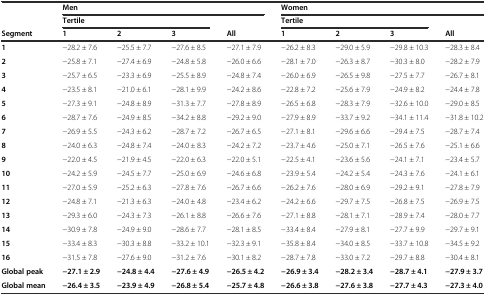
<table><thead><tr><td rowspan="2"></td><td colspan="4"><b>Men</b></td><td colspan="4"><b>Women</b></td></tr><tr><td colspan="3"><b>Tertile</b></td><td></td><td colspan="3"><b>Tertile</b></td><td></td></tr><tr><td><b>Segment</b></td><td><b>1</b></td><td><b>2</b></td><td><b>3</b></td><td><b>All</b></td><td><b>1</b></td><td><b>2</b></td><td><b>3</b></td><td><b>All</b></td></tr></thead><tbody><tr><td><b>1</b></td><td>−28.2 ± 7.6</td><td>−25.5 ± 7.7</td><td>−27.6 ± 8.5</td><td>−27.1 ± 7.9</td><td>−26.2 ± 8.3</td><td>−29.0 ± 5.9</td><td>−29.8 ± 10.3</td><td>−28.3 ± 8.4</td></tr><tr><td><b>2</b></td><td>−25.8 ± 7.1</td><td>−27.4 ± 6.9</td><td>−24.8 ± 5.8</td><td>−26.0 ± 6.6</td><td>−28.1 ± 7.0</td><td>−26.3 ± 8.7</td><td>−30.3 ± 8.0</td><td>−28.2 ± 7.9</td></tr><tr><td><b>3</b></td><td>−25.7 ± 6.5</td><td>−23.3 ± 6.9</td><td>−25.5 ± 8.9</td><td>−24.8 ± 7.4</td><td>−26.0 ± 6.9</td><td>−26.5 ± 9.8</td><td>−27.5 ± 7.7</td><td>−26.7 ± 8.1</td></tr><tr><td><b>4</b></td><td>−23.5 ± 8.1</td><td>−21.0 ± 6.1</td><td>−28.1 ± 9.9</td><td>−24.2 ± 8.6</td><td>−22.8 ± 7.2</td><td>−25.6 ± 7.9</td><td>−24.9 ± 8.2</td><td>−24.4 ± 7.8</td></tr><tr><td><b>5</b></td><td>−27.3 ± 9.1</td><td>−24.8 ± 8.9</td><td>−31.3 ± 7.7</td><td>−27.8 ± 8.9</td><td>−26.5 ± 6.8</td><td>−28.3 ± 7.9</td><td>−32.6 ± 10.0</td><td>−29.0 ± 8.5</td></tr><tr><td><b>6</b></td><td>−28.7 ± 7.6</td><td>−24.9 ± 8.5</td><td>−34.2 ± 8.8</td><td>−29.2 ± 9.0</td><td>−27.9 ± 8.9</td><td>−33.7 ± 9.2</td><td>−34.1 ± 11.4</td><td>−31.8 ± 10.2</td></tr><tr><td><b>7</b></td><td>−26.9 ± 5.5</td><td>−24.3 ± 6.2</td><td>−28.7 ± 7.2</td><td>−26.7 ± 6.5</td><td>−27.1 ± 8.1</td><td>−29.6 ± 6.6</td><td>−29.4 ± 7.5</td><td>−28.7 ± 7.4</td></tr><tr><td><b>8</b></td><td>−24.0 ± 6.3</td><td>−24.8 ± 7.4</td><td>−24.0 ± 8.3</td><td>−24.2 ± 7.2</td><td>−23.7 ± 4.6</td><td>−25.0 ± 7.1</td><td>−26.5 ± 7.6</td><td>−25.1 ± 6.6</td></tr><tr><td><b>9</b></td><td>−22.0 ± 4.5</td><td>−21.9 ± 4.5</td><td>−22.0 ± 6.3</td><td>−22.0 ± 5.1</td><td>−22.5 ± 4.1</td><td>−23.6 ± 5.6</td><td>−24.1 ± 7.1</td><td>−23.4 ± 5.7</td></tr><tr><td><b>10</b></td><td>−24.2 ± 5.9</td><td>−24.5 ± 7.7</td><td>−25.0 ± 6.9</td><td>−24.6 ± 6.8</td><td>−23.9 ± 5.4</td><td>−24.2 ± 5.4</td><td>−24.3 ± 7.6</td><td>−24.1 ± 6.1</td></tr><tr><td><b>11</b></td><td>−27.0 ± 5.9</td><td>−25.2 ± 6.3</td><td>−27.8 ± 7.6</td><td>−26.7 ± 6.6</td><td>−26.2 ± 7.6</td><td>−28.0 ± 6.9</td><td>−29.2 ± 9.1</td><td>−27.8 ± 7.9</td></tr><tr><td><b>12</b></td><td>−24.8 ± 7.1</td><td>−21.3 ± 6.3</td><td>−24.0 ± 4.8</td><td>−23.4 ± 6.2</td><td>−24.2 ± 6.6</td><td>−29.7 ± 7.5</td><td>−26.8 ± 7.5</td><td>−26.9 ± 7.5</td></tr><tr><td><b>13</b></td><td>−29.3 ± 6.0</td><td>−24.3 ± 7.3</td><td>−26.1 ± 8.8</td><td>−26.6 ± 7.6</td><td>−27.1 ± 8.8</td><td>−28.1 ± 7.1</td><td>−28.9 ± 7.4</td><td>−28.0 ± 7.7</td></tr><tr><td><b>14</b></td><td>−30.9 ± 7.8</td><td>−24.9 ± 9.0</td><td>−28.6 ± 7.7</td><td>−28.1 ± 8.5</td><td>−33.4 ± 8.4</td><td>−27.9 ± 8.1</td><td>−27.7 ± 9.9</td><td>−29.7 ± 9.1</td></tr><tr><td><b>15</b></td><td>−33.4 ± 8.3</td><td>−30.3 ± 8.8</td><td>−33.2 ± 10.1</td><td>−32.3 ± 9.1</td><td>−35.8 ± 8.4</td><td>−34.0 ± 8.5</td><td>−33.7 ± 10.8</td><td>−34.5 ± 9.2</td></tr><tr><td><b>16</b></td><td>−31.5 ± 7.8</td><td>−27.6 ± 9.0</td><td>−31.2 ± 7.6</td><td>−30.1 ± 8.2</td><td>−28.7 ± 7.8</td><td>−33.0 ± 7.2</td><td>−29.7 ± 8.8</td><td>−30.4 ± 8.1</td></tr><tr><td><b>Global peak</b></td><td><b>−27.1 ± 2.9</b></td><td><b>−24.8 ± 4.4</b></td><td><b>−27.6 ± 4.9</b></td><td><b>−26.5 ± 4.2</b></td><td><b>−26.9 ± 3.4</b></td><td><b>−28.2 ± 3.4</b></td><td><b>−28.7 ± 4.1</b></td><td><b>−27.9 ± 3.7</b></td></tr><tr><td><b>Global mean</b></td><td><b>−26.4 ± 3.5</b></td><td><b>−23.9 ± 4.9</b></td><td><b>−26.8 ± 5.4</b></td><td><b>−25.7 ± 4.8</b></td><td><b>−26.6 ± 3.8</b></td><td><b>−27.6 ± 3.8</b></td><td><b>−27.7 ± 4.3</b></td><td><b>−27.3 ± 4.0</b></td></tr></tbody></table>